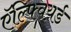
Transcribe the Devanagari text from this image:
ऍल्फ्वियर्ड